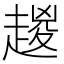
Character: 𧼬